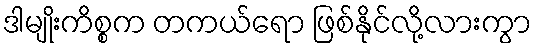
ဒါမျိုးကိစ္စက တကယ်ရော ဖြစ်နိုင်လို့လားကွာ